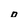
Character: o